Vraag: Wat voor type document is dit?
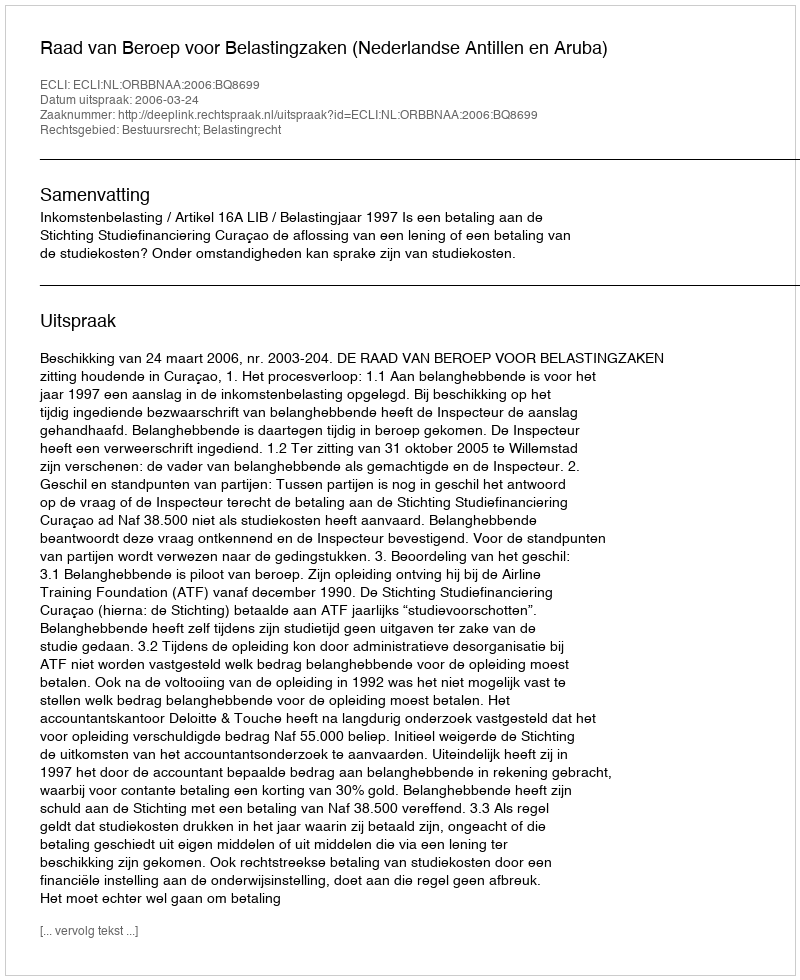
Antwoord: Uitspraak